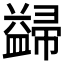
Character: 𭘺